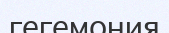
гегемония